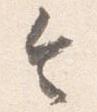
令